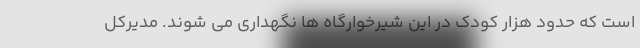
است که حدود هزار کودک در این شیرخوارگاه ها نگهداری می شوند. مدیرکل